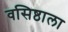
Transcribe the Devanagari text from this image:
वसिष्ठाला